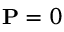
\mathbf { P } = 0